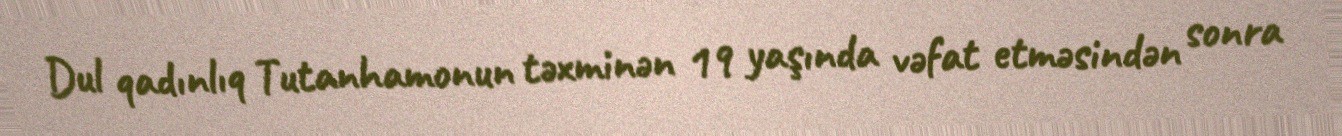
Dul qadınlıq Tutanhamonun təxminən 19 yaşında vəfat etməsindən sonra